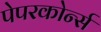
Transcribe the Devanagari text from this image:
पेपरकोर्न्स